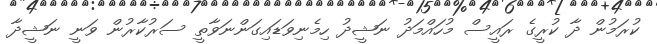
ކުރަމުން ދާ ކުރީގެ ރައީސް މުހައްމަދު ނަޝީދު ހިމެނިވަޑައިގަންނަވާތީ ސަރުކާރުން ވަނީ ނަޝީދާ